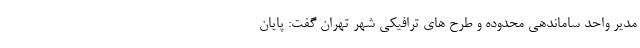
مدیر واحد ساماندهی محدوده و طرح های ترافیکی شهر تهران گفت: پایان